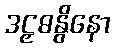
ဒဠှဓနွိနော